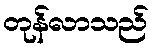
တုန်လာသည်